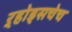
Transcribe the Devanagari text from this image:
ऱ्होड्सचेच